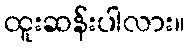
ထူးဆန်းပါလား။